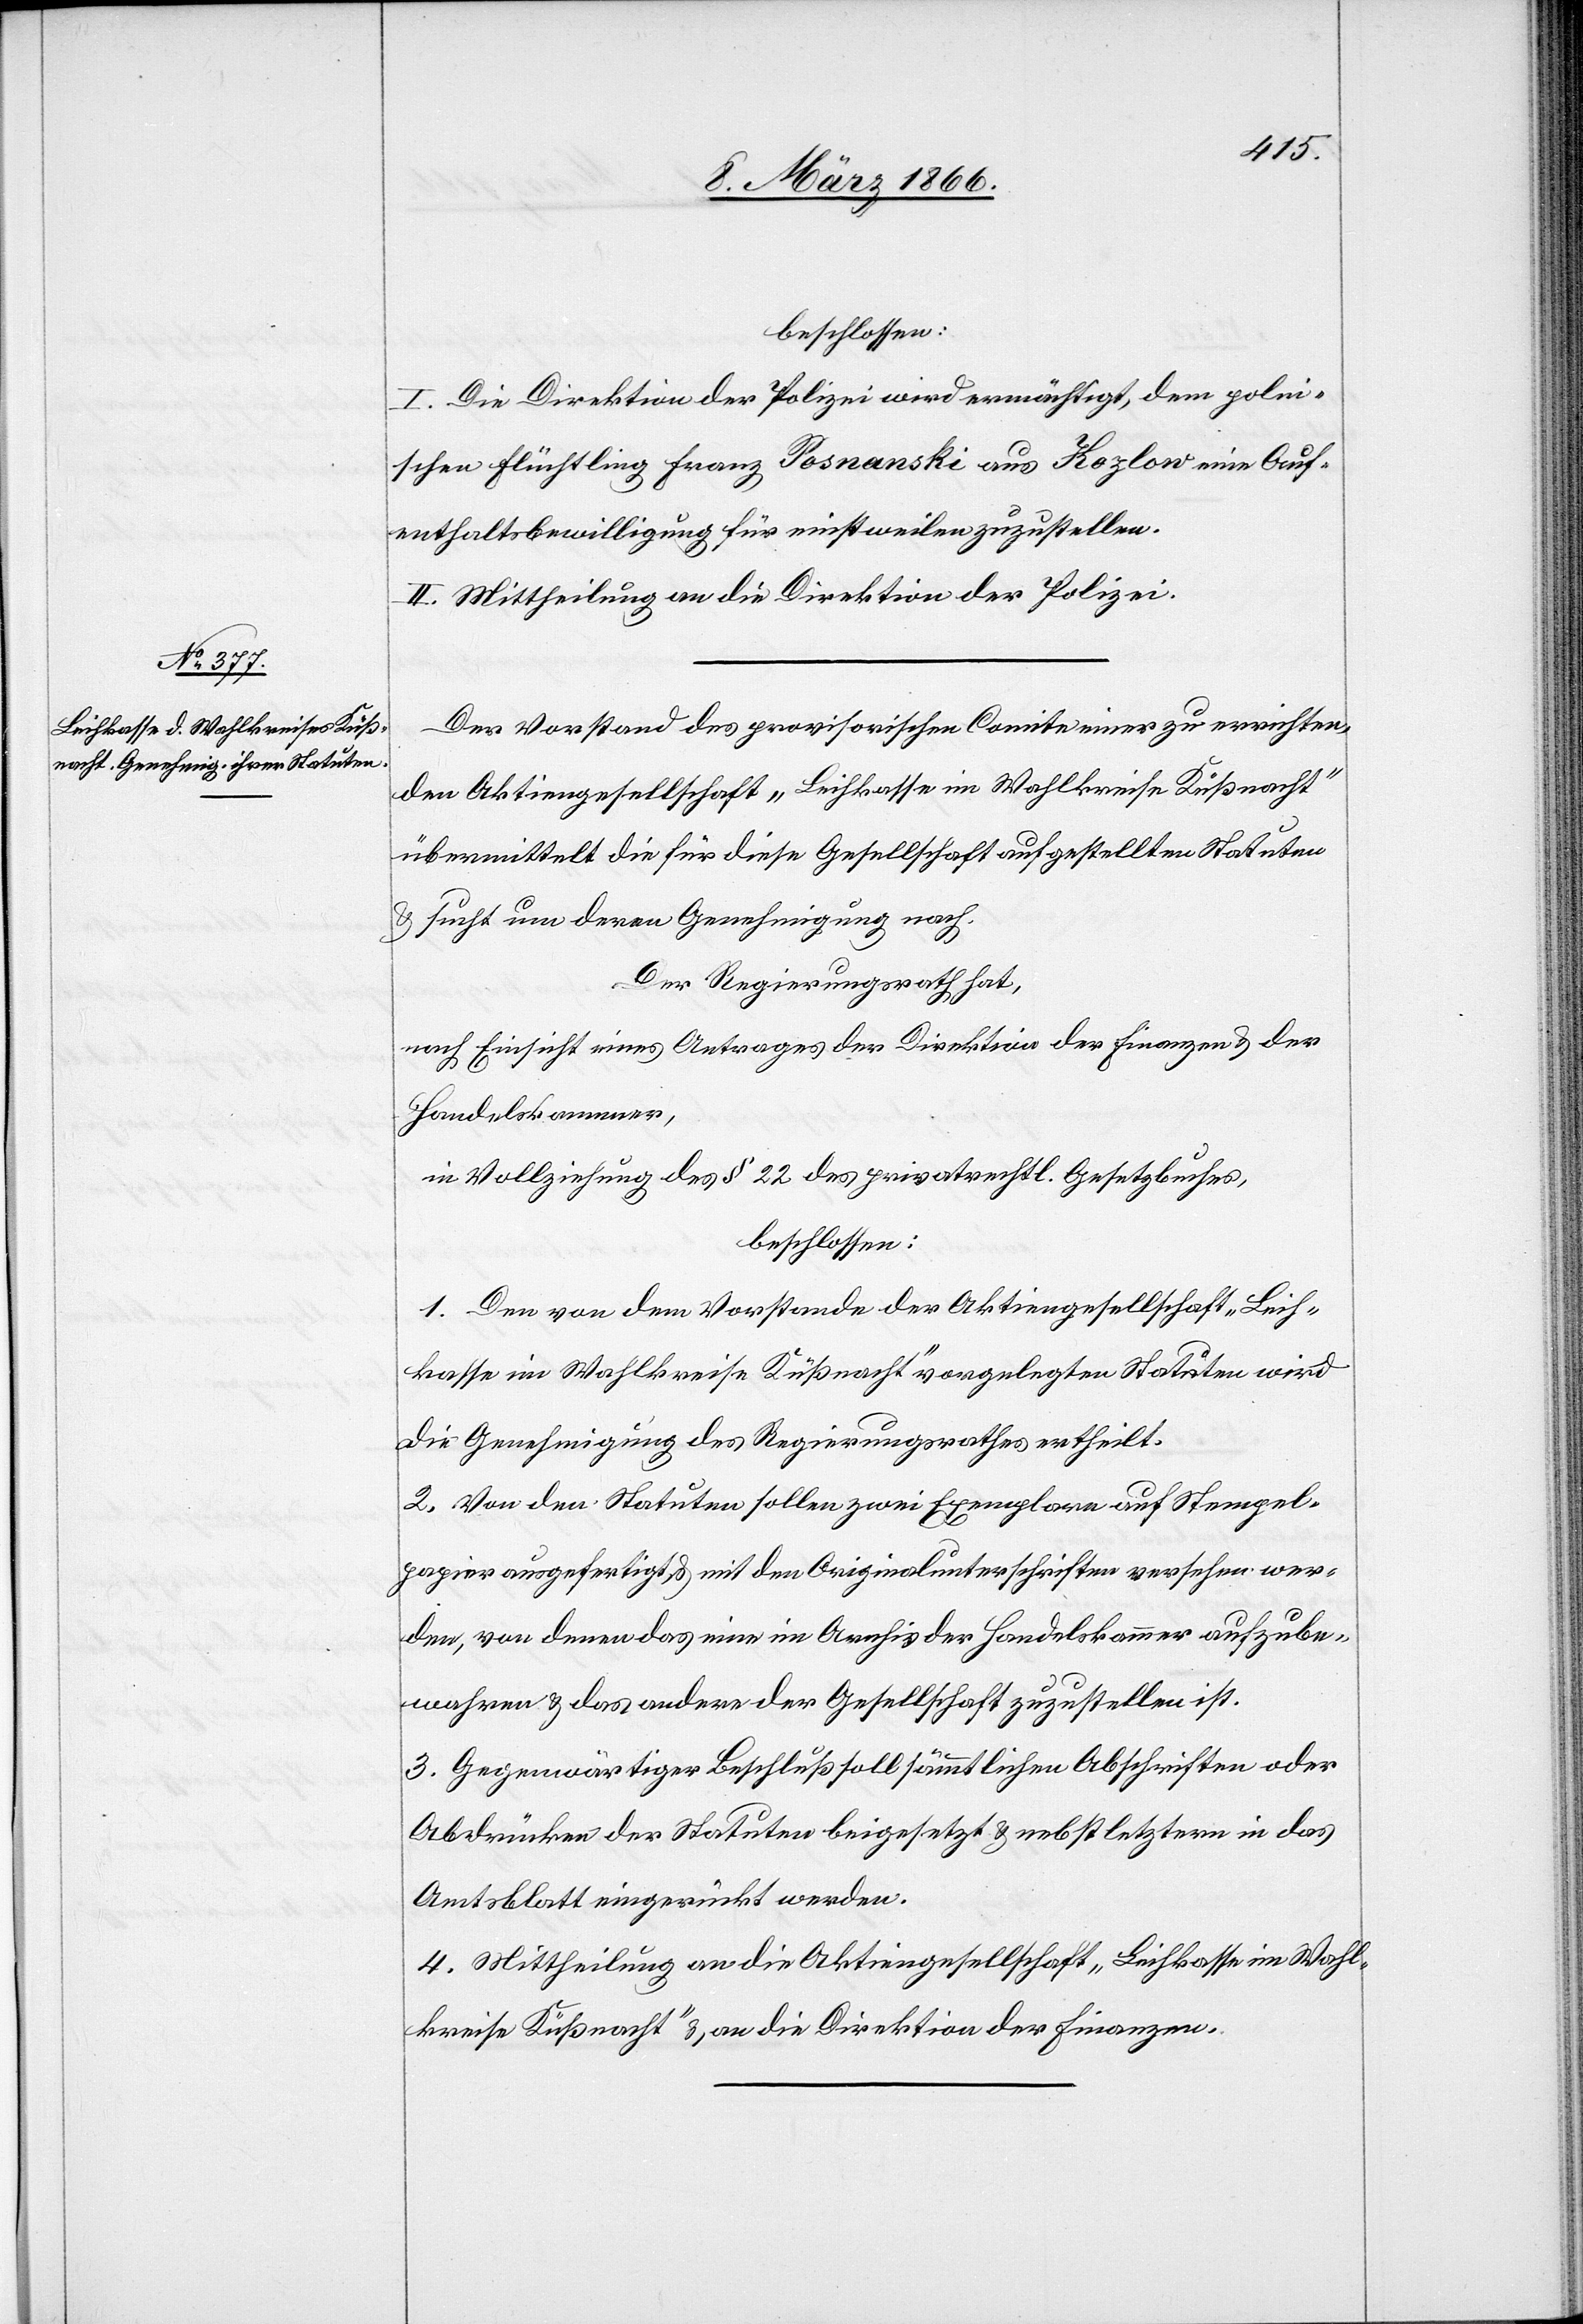
beschlossen:
I. Die Direktion der Polizei wird ermächtigt, dem polni¬
schen Flüchtling Franz Posnanski aus Kozlow eine Auf¬
enthaltsbewilligung für einstweilen zuzustellen.
II. Mittheilung an die Direktion der Polizei.
Der Vorstand des provisorischen Comite einer zu errichten¬
den Aktiengesellschaft „Leihkasse im Wahlkreise Küßnacht“
übermittelt die für diese Gesellschaft aufgestellten Statuten
u. sucht um deren Genehmigung nach.
Der Regierungsrath hat,
nach Einsicht eines Antrages der Direktion der Finanzen u. der
Handelskammer,
in Vollziehung des § 22 des privatrechtl. Gesetzbuches,
beschlossen:
1. Den von dem Vorstande der Aktiengesellschaft „Leih¬
kasse im Wahlkreise Küßnacht“ vorgelegten Statuten wird
die Genehmigung des Regierungsrathes ertheilt.
2. Von den Statuten sollen zwei Exemplare auf Stempel¬
papier ausgefertigt u. mit den Originalunterschriften versehen wer¬
den, von denen das eine im Archiv der Handelskammer aufzube¬
wahren u. das andere der Gesellschaft zuzustellen ist.
3. Gegenwärtiger Beschluß soll sämmtlichen Abschriften oder
Abdrücken der Statuten beigelegt u. nebst letztern in das
Amtsblatt eingerückt werden.
4. Mittheilung an die Aktiengesellschaft „Leihkasse im Wahl¬
kreise Küßnacht“ u. an die Direktion der Finanzen.